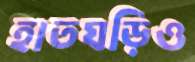
হাতঘড়িও